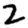
Digit: 2